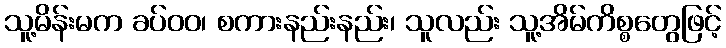
သူ့မိန်းမက ခပ်ဝဝ၊ စကားနည်းနည်း၊ သူလည်း သူ့အိမ်ကိစ္စတွေဖြင့်